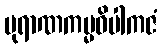
ပုရာဏကမ္မဝိပါကဇံ